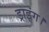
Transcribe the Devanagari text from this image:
ड्राइंग।